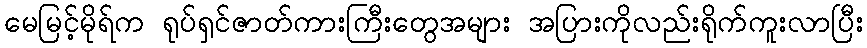
မေမြင့်မိုရ်က ရုပ်ရှင်ဇာတ်ကားကြီးတွေအများ အပြားကိုလည်းရိုက်ကူးလာပြီး